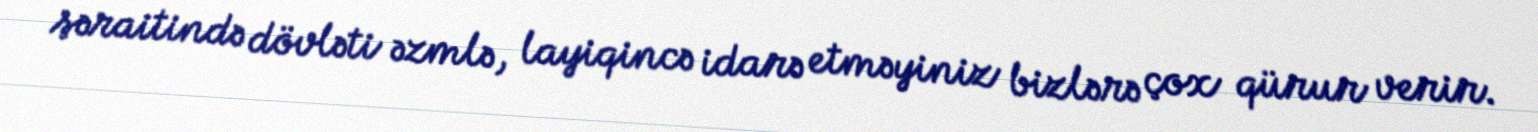
şəraitində dövləti əzmlə, layiqincə idarə etməyiniz bizlərə çox qürur verir.